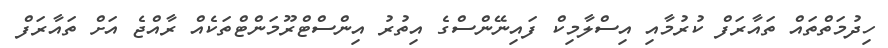
ހިދުމަތްތައް ތައާރަފް ކުރުމާއި އިސްލާމިކް ފައިނޭންސްގެ އިތުރު އިންސްޓްރޫމަންޓްތަކެއް ރާއްޖެ އަށް ތައާރަފް